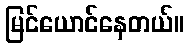
မြင်ယောင်နေတယ်။